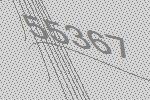
55367